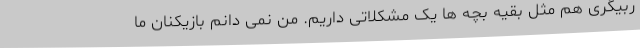
ربیگری هم مثل بقیه بچه ها یک مشکلاتی داریم. من نمی دانم بازیکنان ما